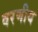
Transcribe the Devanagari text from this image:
वरणीय